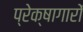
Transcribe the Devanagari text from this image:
प्रेक्षागारों